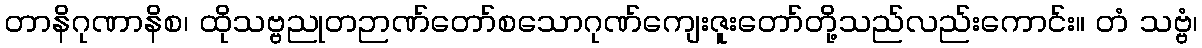
တာနိဂုဏာနိစ၊ ထိုသဗ္ဗညုတဉာဏ်တော်စသောဂုဏ်ကျေးဇူးတော်တို့သည်လည်းကောင်း။ တံ သဗ္ဗံ၊